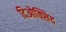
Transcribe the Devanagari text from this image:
दिओक्सिद